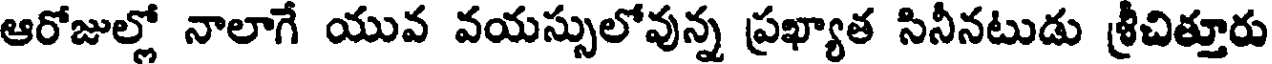
ఆరోజుల్లో నాలాగే యువ వయస్సులోవున్న ప్రఖ్యాత సినీనటుడు శ్రీచిత్తూరు